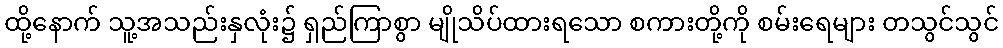
ထို့နောက် သူ့အသည်းနှလုံး၌ ရှည်ကြာစွာ မျိုသိပ်ထားရသော စကားတို့ကို စမ်းရေများ တသွင်သွင်